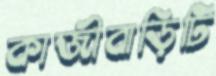
কাজীবাড়িটি